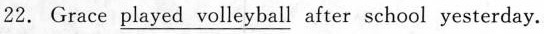
22. Grace \underline{played volleyball} after school yesterday.